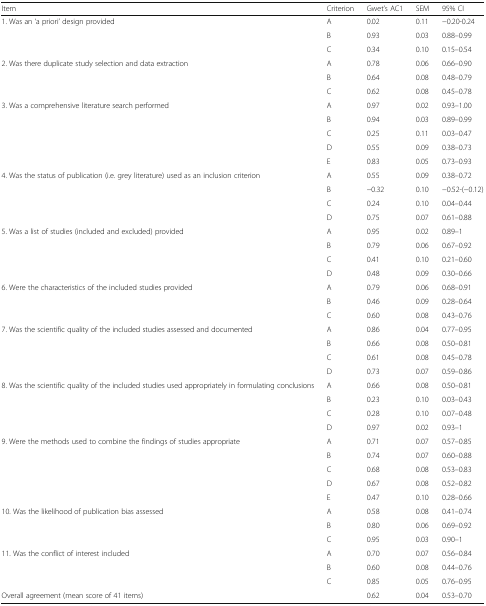
<table><thead><tr><td><b>Item</b></td><td><b>Criterion</b></td><td><b>Gwet’s AC1</b></td><td><b>SEM</b></td><td><b>95% CI</b></td></tr></thead><tbody><tr><td rowspan="3">1. Was an ‘a priori’ design provided</td><td>A</td><td>0.02</td><td>0.11</td><td>−0.20-0.24</td></tr><tr><td>B</td><td>0.93</td><td>0.03</td><td>0.88–0.99</td></tr><tr><td>C</td><td>0.34</td><td>0.10</td><td>0.15–0.54</td></tr><tr><td rowspan="3">2. Was there duplicate study selection and data extraction</td><td>A</td><td>0.78</td><td>0.06</td><td>0.66–0.90</td></tr><tr><td>B</td><td>0.64</td><td>0.08</td><td>0.48–0.79</td></tr><tr><td>C</td><td>0.62</td><td>0.08</td><td>0.45–0.78</td></tr><tr><td rowspan="5">3. Was a comprehensive literature search performed</td><td>A</td><td>0.97</td><td>0.02</td><td>0.93–1.00</td></tr><tr><td>B</td><td>0.94</td><td>0.03</td><td>0.89–0.99</td></tr><tr><td>C</td><td>0.25</td><td>0.11</td><td>0.03–0.47</td></tr><tr><td>D</td><td>0.55</td><td>0.09</td><td>0.38–0.73</td></tr><tr><td>E</td><td>0.83</td><td>0.05</td><td>0.73–0.93</td></tr><tr><td rowspan="4">4. Was the status of publication (i.e. grey literature) used as an inclusion criterion</td><td>A</td><td>0.55</td><td>0.09</td><td>0.38–0.72</td></tr><tr><td>B</td><td>−0.32</td><td>0.10</td><td>−0.52-(−0.12)</td></tr><tr><td>C</td><td>0.24</td><td>0.10</td><td>0.04–0.44</td></tr><tr><td>D</td><td>0.75</td><td>0.07</td><td>0.61–0.88</td></tr><tr><td rowspan="4">5. Was a list of studies (included and excluded) provided</td><td>A</td><td>0.95</td><td>0.02</td><td>0.89–1</td></tr><tr><td>B</td><td>0.79</td><td>0.06</td><td>0.67–0.92</td></tr><tr><td>C</td><td>0.41</td><td>0.10</td><td>0.21–0.60</td></tr><tr><td>D</td><td>0.48</td><td>0.09</td><td>0.30–0.66</td></tr><tr><td rowspan="3">6. Were the characteristics of the included studies provided</td><td>A</td><td>0.79</td><td>0.06</td><td>0.68–0.91</td></tr><tr><td>B</td><td>0.46</td><td>0.09</td><td>0.28–0.64</td></tr><tr><td>C</td><td>0.60</td><td>0.08</td><td>0.43–0.76</td></tr><tr><td rowspan="4">7. Was the scientific quality of the included studies assessed and documented</td><td>A</td><td>0.86</td><td>0.04</td><td>0.77–0.95</td></tr><tr><td>B</td><td>0.66</td><td>0.08</td><td>0.50–0.81</td></tr><tr><td>C</td><td>0.61</td><td>0.08</td><td>0.45–0.78</td></tr><tr><td>D</td><td>0.73</td><td>0.07</td><td>0.59–0.86</td></tr><tr><td rowspan="4">8. Was the scientific quality of the included studies used appropriately in formulating conclusions</td><td>A</td><td>0.66</td><td>0.08</td><td>0.50–0.81</td></tr><tr><td>B</td><td>0.23</td><td>0.10</td><td>0.03–0.43</td></tr><tr><td>C</td><td>0.28</td><td>0.10</td><td>0.07–0.48</td></tr><tr><td>D</td><td>0.97</td><td>0.02</td><td>0.93–1</td></tr><tr><td rowspan="5">9. Were the methods used to combine the findings of studies appropriate</td><td>A</td><td>0.71</td><td>0.07</td><td>0.57–0.85</td></tr><tr><td>B</td><td>0.74</td><td>0.07</td><td>0.60–0.88</td></tr><tr><td>C</td><td>0.68</td><td>0.08</td><td>0.53–0.83</td></tr><tr><td>D</td><td>0.67</td><td>0.08</td><td>0.52–0.82</td></tr><tr><td>E</td><td>0.47</td><td>0.10</td><td>0.28–0.66</td></tr><tr><td rowspan="3">10. Was the likelihood of publication bias assessed</td><td>A</td><td>0.58</td><td>0.08</td><td>0.41–0.74</td></tr><tr><td>B</td><td>0.80</td><td>0.06</td><td>0.69–0.92</td></tr><tr><td>C</td><td>0.95</td><td>0.03</td><td>0.90–1</td></tr><tr><td rowspan="3">11. Was the conflict of interest included</td><td>A</td><td>0.70</td><td>0.07</td><td>0.56–0.84</td></tr><tr><td>B</td><td>0.60</td><td>0.08</td><td>0.44–0.76</td></tr><tr><td>C</td><td>0.85</td><td>0.05</td><td>0.76–0.95</td></tr><tr><td colspan="2">Overall agreement (mean score of 41 items)</td><td>0.62</td><td>0.04</td><td>0.53–0.70</td></tr></tbody></table>